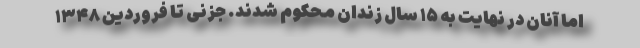
اما آنان در نهایت به ۱۵ سال زندان محکوم شدند. جزنی تا فروردین ۱۳۴۸